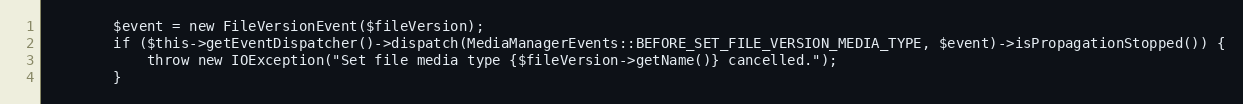
Language: PHP
        $event = new FileVersionEvent($fileVersion);
        if ($this->getEventDispatcher()->dispatch(MediaManagerEvents::BEFORE_SET_FILE_VERSION_MEDIA_TYPE, $event)->isPropagationStopped()) {
            throw new IOException("Set file media type {$fileVersion->getName()} cancelled.");
        }